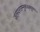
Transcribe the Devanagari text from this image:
जलयरउम्मुकजलपुण्णा।।